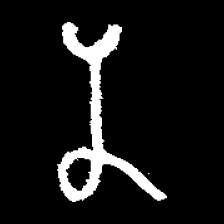
Pyu character \u2014 Myanmar letter: န (romanized: na)